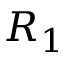
R _ { 1 }